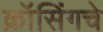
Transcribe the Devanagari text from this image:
क्रॉसिंगचे